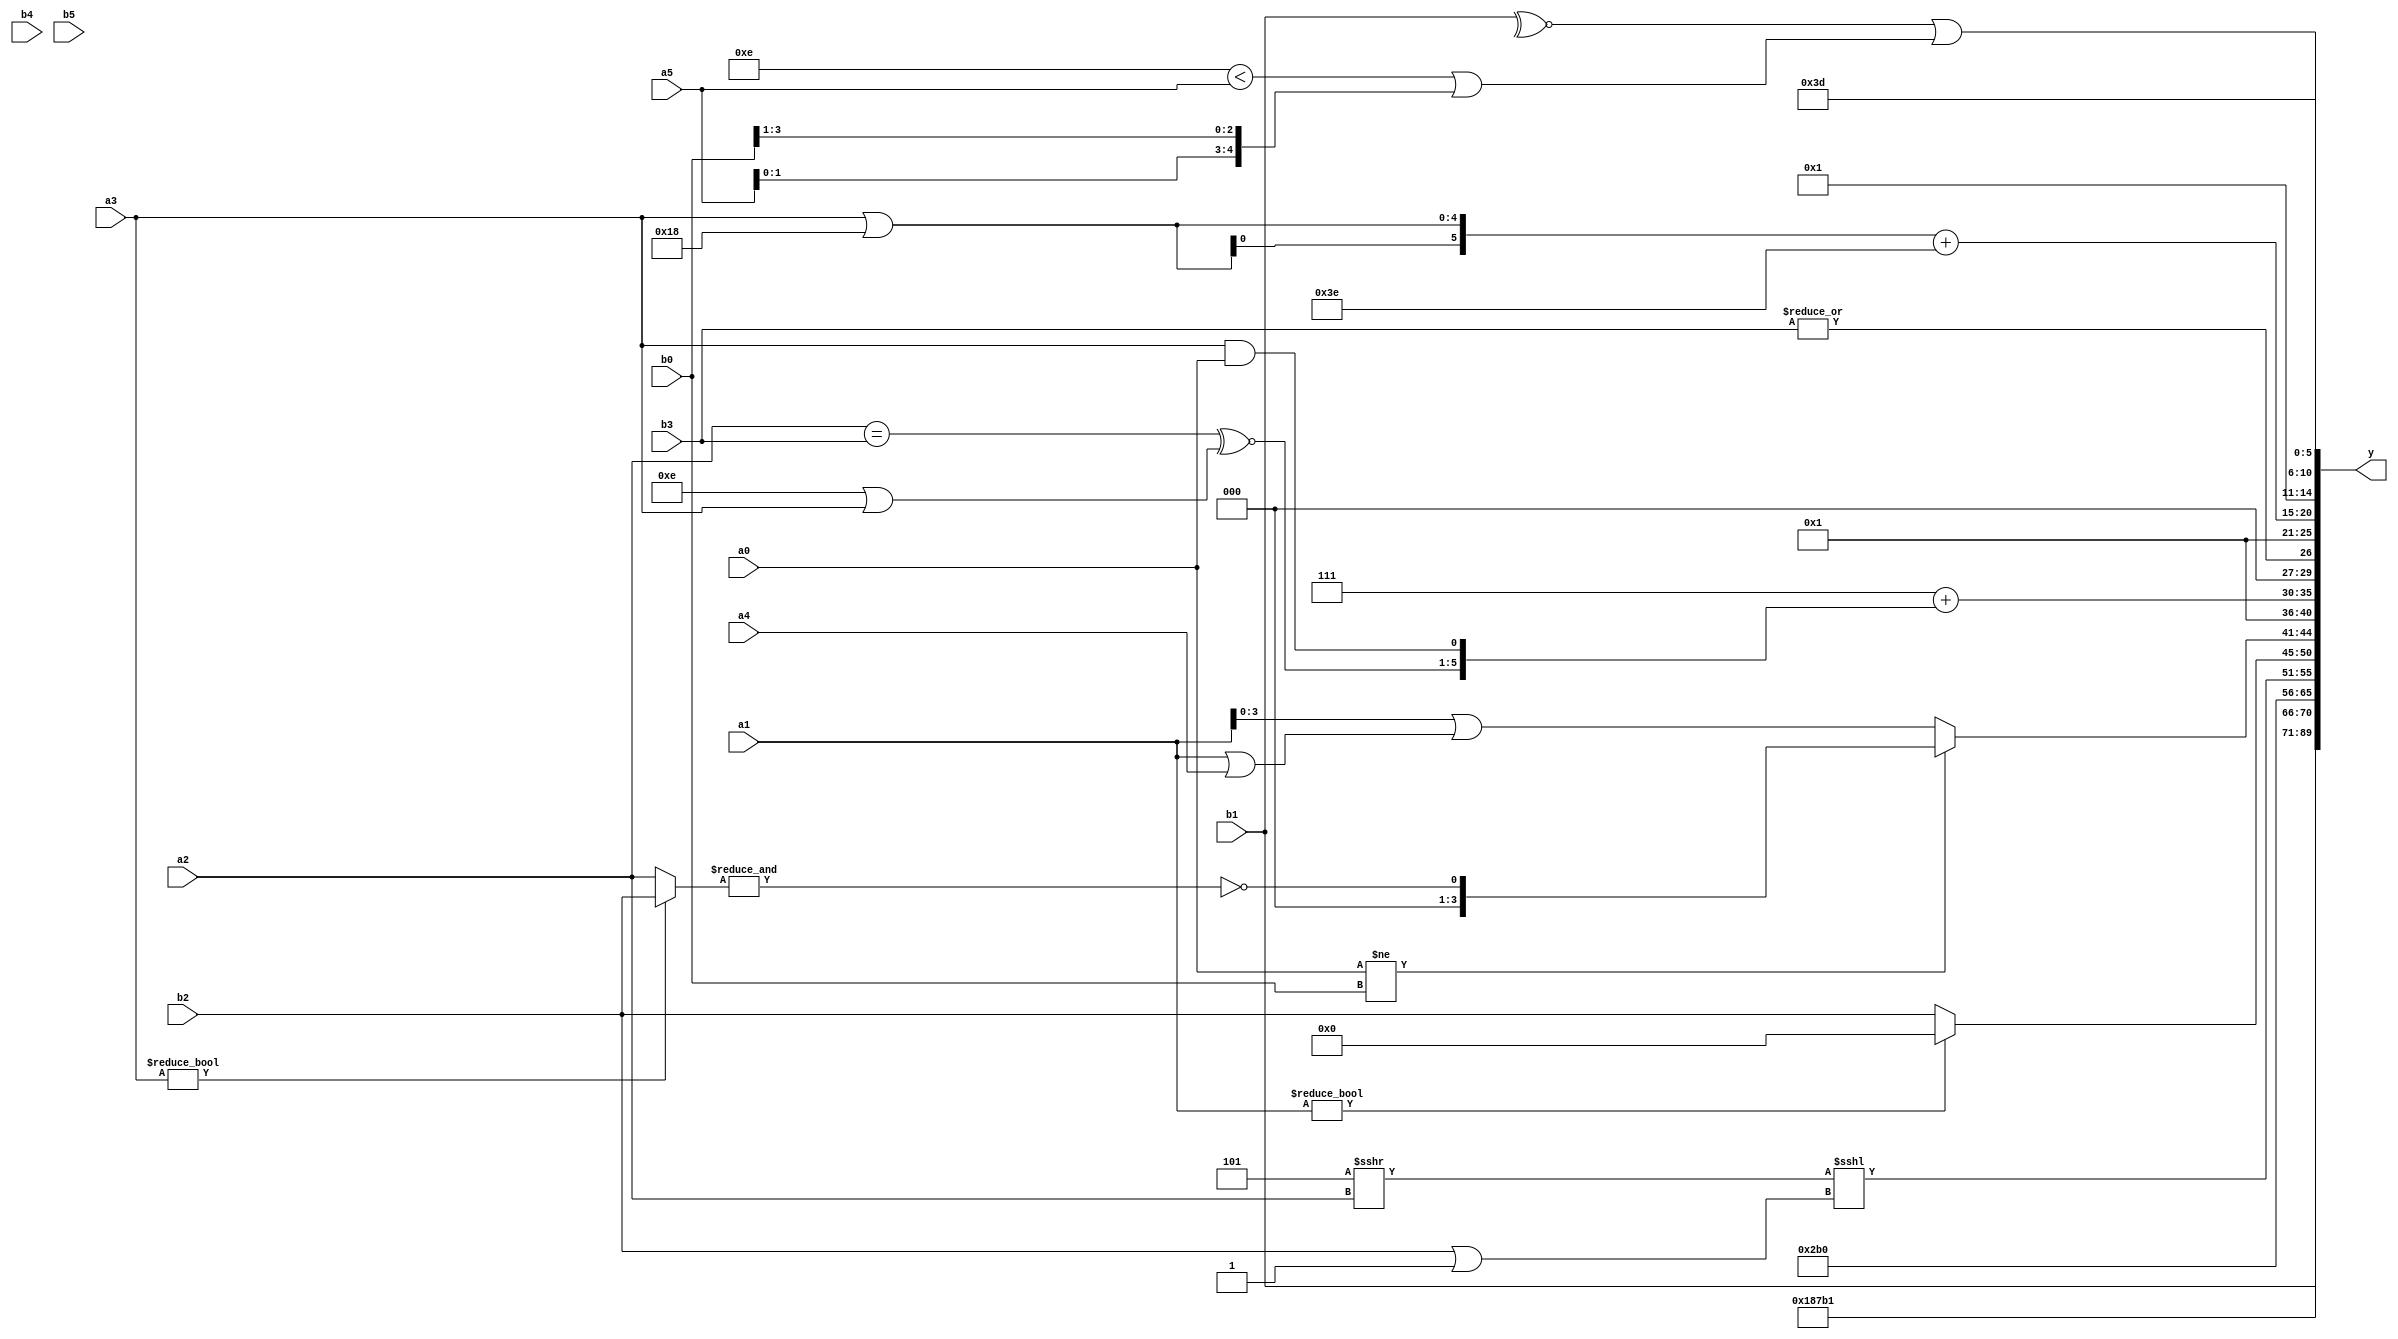
module expression_00547(a0, a1, a2, a3, a4, a5, b0, b1, b2, b3, b4, b5, y);
  input [3:0] a0;
  input [4:0] a1;
  input [5:0] a2;
  input signed [3:0] a3;
  input signed [4:0] a4;
  input signed [5:0] a5;

  input [3:0] b0;
  input [4:0] b1;
  input [5:0] b2;
  input signed [3:0] b3;
  input signed [4:0] b4;
  input signed [5:0] b5;

  wire [3:0] y0;
  wire [4:0] y1;
  wire [5:0] y2;
  wire signed [3:0] y3;
  wire signed [4:0] y4;
  wire signed [5:0] y5;
  wire [3:0] y6;
  wire [4:0] y7;
  wire [5:0] y8;
  wire signed [3:0] y9;
  wire signed [4:0] y10;
  wire signed [5:0] y11;
  wire [3:0] y12;
  wire [4:0] y13;
  wire [5:0] y14;
  wire signed [3:0] y15;
  wire signed [4:0] y16;
  wire signed [5:0] y17;

  output [89:0] y;
  assign y = {y0,y1,y2,y3,y4,y5,y6,y7,y8,y9,y10,y11,y12,y13,y14,y15,y16,y17};

  localparam [3:0] p0 = {3{{(-3'sd2),(4'd14),(-3'sd2)}}};
  localparam [4:0] p1 = {1{(-5'sd8)}};
  localparam [5:0] p2 = ((~^(|((3'd7)<<<(5'd24))))===((~(5'd15))<(&(2'd0))));
  localparam signed [3:0] p3 = (^((~&((-2'sd0)?(-5'sd6):(5'd20)))?((2'd3)>=(3'd6)):((5'd18)<<<(2'sd1))));
  localparam signed [4:0] p4 = ((~|(3'd6))-((4'd8)|(2'sd0)));
  localparam signed [5:0] p5 = ((5'd16)!==(2'd0));
  localparam [3:0] p6 = ((3'd2)?(4'sd5):(3'd7));
  localparam [4:0] p7 = ({2{{3{(-2'sd0)}}}}-{1{{2{{3{(-2'sd0)}}}}}});
  localparam [5:0] p8 = ((~(((5'd12)||(-2'sd0))^~(^((5'sd9)?(2'd2):(3'd2)))))&(((-3'sd3)*(3'sd2))<((5'd22)>=(3'd0))));
  localparam signed [3:0] p9 = ({3{(-3'sd3)}}+((|(2'sd0))|(+(3'd1))));
  localparam signed [4:0] p10 = ((~^((3'd2)?(2'd1):(4'd14)))?(~&(-((2'sd1)?(3'd6):(3'd5)))):(~^((5'sd3)?(2'd0):(3'sd2))));
  localparam signed [5:0] p11 = ((5'sd7)<<(3'd1));
  localparam [3:0] p12 = ((~(~&((4'sd3)&(3'd1))))===(~&((-2'sd0)<<(5'd10))));
  localparam [4:0] p13 = (~^(^(&(~|(&(~|((^(4'd2))%(-3'sd2))))))));
  localparam [5:0] p14 = (+(^(|(^(&(|(+(-(-(-(^(5'd7))))))))))));
  localparam signed [3:0] p15 = ((3'd1)!=(-3'sd1));
  localparam signed [4:0] p16 = {4{((-3'sd0)?(2'd2):(5'd14))}};
  localparam signed [5:0] p17 = ((4'sd2)>>>(-3'sd3));

  assign y0 = (3'sd3);
  assign y1 = {2{{3{p5}}}};
  assign y2 = (-4'sd5);
  assign y3 = (5'sd1);
  assign y4 = {{1{{4{b2}}}},{a1,a4,a0},{a3,b1}};
  assign y5 = {{{(p1==p7),{p6},(p17>p14)}},({(p2==p3)}<<(p12>>>p16)),{({p7}<{p5,p15,p4})}};
  assign y6 = (-$signed((-{4{{2{{4{p7}}}}}})));
  assign y7 = ((p6>>>a2)<<<(b2|p5));
  assign y8 = (a1?p17:b2);
  assign y9 = ($signed($signed((a0!=b0)))?(~&(a3?b2:a2)):($unsigned(a1)|(a1||a4)));
  assign y10 = ((5'd19)!=(4'd14));
  assign y11 = {((3'd7)+{((a2==b3)^~(p11|a3)),($signed(a3)&&{a0})})};
  assign y12 = ({3{p6}}?((|b3)):(a3?p16:p12));
  assign y13 = {p6,p13,p14};
  assign y14 = ({3{(a3|p1)}}+$unsigned({3{(~{p0,p12,p5})}}));
  assign y15 = (^(-{1{{{(!{2{({2{{1{(b5>>p9)}}}})}})}}}}));
  assign y16 = ($signed({(~^$unsigned($signed($unsigned($unsigned(b1)))))})|({(^(p16<a5))}|({a5,b0}>>(p5>>>p8))));
  assign y17 = {((p3^~p8)-(~^p12)),({p16,p8,p11}!=(2'd3))};
endmodule